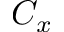
C _ { x }